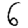
Digit: 6